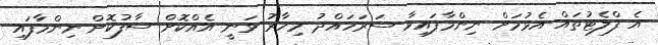
އެ ފްލެޓުތައް އެޅުމަށް ނިންމާފައިވާ ސަރަހައްދު މިހާރު ވަނީ އެއްކޮށް ސާފުކޮށް ނިންމާފައި